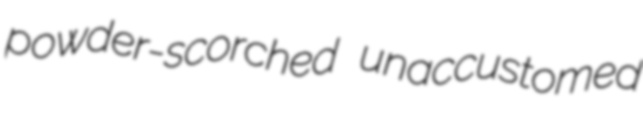
powder-scorched unaccustomed